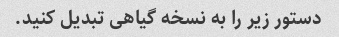
دستور زیر را به نسخه گیاهی تبدیل کنید.